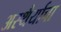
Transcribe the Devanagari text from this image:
अस्थैर्याचा